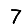
Digit: 7